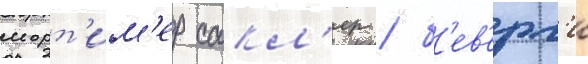
морт'им'ер сакл'ер / б'ев'ерл'и